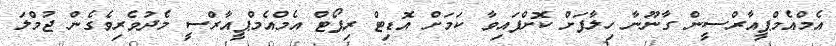
އެމްއެމްޕީއާރްސީން ގާނޫނާ ހިލާފަށް ކޮށްފައިވާ ކަމަށް އޮޑިޓް ރިޕޯޓް އެމްއެމްޕީއާރްސީ މެދުވެރިވެގެން ޖުމްލަ